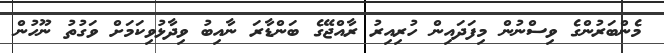
މެންބަރުންގެ ވިސްނުން މިފަދައިން ހުރިއިރު ރާއްޖޭގެ ބަންޑާރަ ނާއިބު ވިދާޅުވިކަމަށް ވަގުތު ނޫހުން